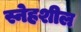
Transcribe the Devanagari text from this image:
स्नेहशील